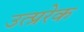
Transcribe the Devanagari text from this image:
उत्प्ररेक